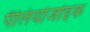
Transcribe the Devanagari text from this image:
पैलियोजोइक